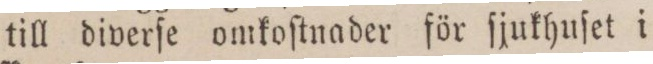
till diverſe omkoſtnader för ſjukhuſet i